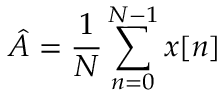
{ \hat { A } } = { \frac { 1 } { N } } \sum _ { n = 0 } ^ { N - 1 } x [ n ]